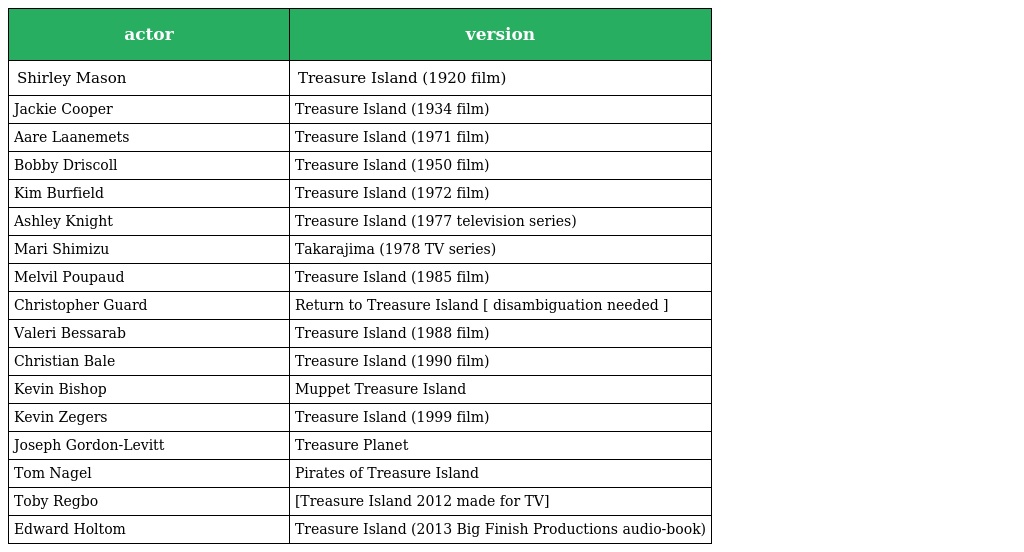
| actor | version |
 | --- | --- |
 | Shirley Mason | Treasure Island (1920 film) |
 | Jackie Cooper | Treasure Island (1934 film) |
 | Aare Laanemets | Treasure Island (1971 film) |
 | Bobby Driscoll | Treasure Island (1950 film) |
 | Kim Burfield | Treasure Island (1972 film) |
 | Ashley Knight | Treasure Island (1977 television series) |
 | Mari Shimizu | Takarajima (1978 TV series) |
 | Melvil Poupaud | Treasure Island (1985 film) |
 | Christopher Guard | Return to Treasure Island [ disambiguation needed ] |
 | Valeri Bessarab | Treasure Island (1988 film) |
 | Christian Bale | Treasure Island (1990 film) |
 | Kevin Bishop | Muppet Treasure Island |
 | Kevin Zegers | Treasure Island (1999 film) |
 | Joseph Gordon-Levitt | Treasure Planet |
 | Tom Nagel | Pirates of Treasure Island |
 | Toby Regbo | [Treasure Island 2012 made for TV] |
 | Edward Holtom | Treasure Island (2013 Big Finish Productions audio-book) |